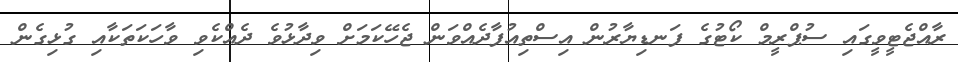
ރާއްޖެޓީވީގައި ސުޕްރީމް ކޯޓުގެ ފަނޑިޔާރުން އިސްތިއުފާދެއްވަން ޖެހޭކަމަށް ވިދާޅުވެ ދެއްކެވި ވާހަކަތަކާއި ގުޅިގެން